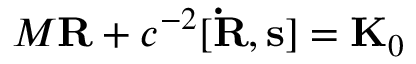
M { \bf R } + c ^ { - 2 } [ { \bf \dot { R } } , { \bf s } ] = { \bf K } _ { 0 }